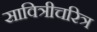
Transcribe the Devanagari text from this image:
सावित्रीचरित्र